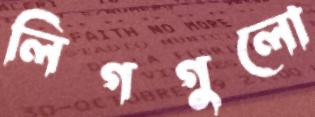
লিগগুলো